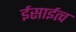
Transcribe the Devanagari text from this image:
ईसाईत्व